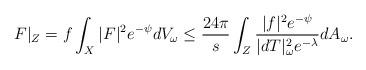
LaTeX: \begin{align*}F|_Z=f \int _X |F|^2e^{-\psi} dV_{\omega} \le \frac{24\pi}{s}\int _Z \frac{|f|^2e^{-\psi}}{|dT|_{\omega}^2e^{-\lambda }}dA_{\omega}.\end{align*}